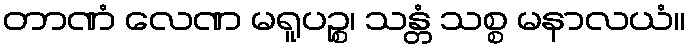
တာဏံ လေဏ မရူပဉ္စ၊ သန္တံ သစ္စ မနာလယံ။